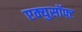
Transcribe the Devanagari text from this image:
एक्युसॉफ्ट